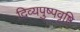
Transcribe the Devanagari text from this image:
दिव्यपुष्पवृष्टि